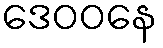
ဒေဝဝနေ